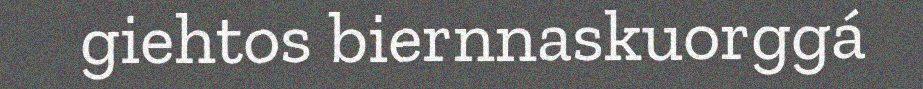
giehtos biernnaskuorggá